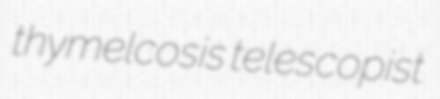
thymelcosis telescopist